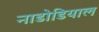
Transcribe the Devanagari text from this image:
नाडोडियाल